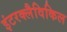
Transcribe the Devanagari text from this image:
इंटरक्लैविकिल